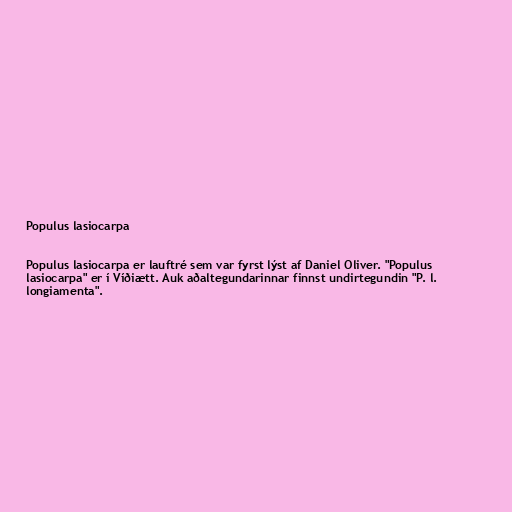
Populus lasiocarpa

Populus lasiocarpa er lauftré sem var fyrst lýst af Daniel Oliver. "Populus
lasiocarpa" er í Víðiætt. Auk aðaltegundarinnar finnst undirtegundin "P. l.
longiamenta".